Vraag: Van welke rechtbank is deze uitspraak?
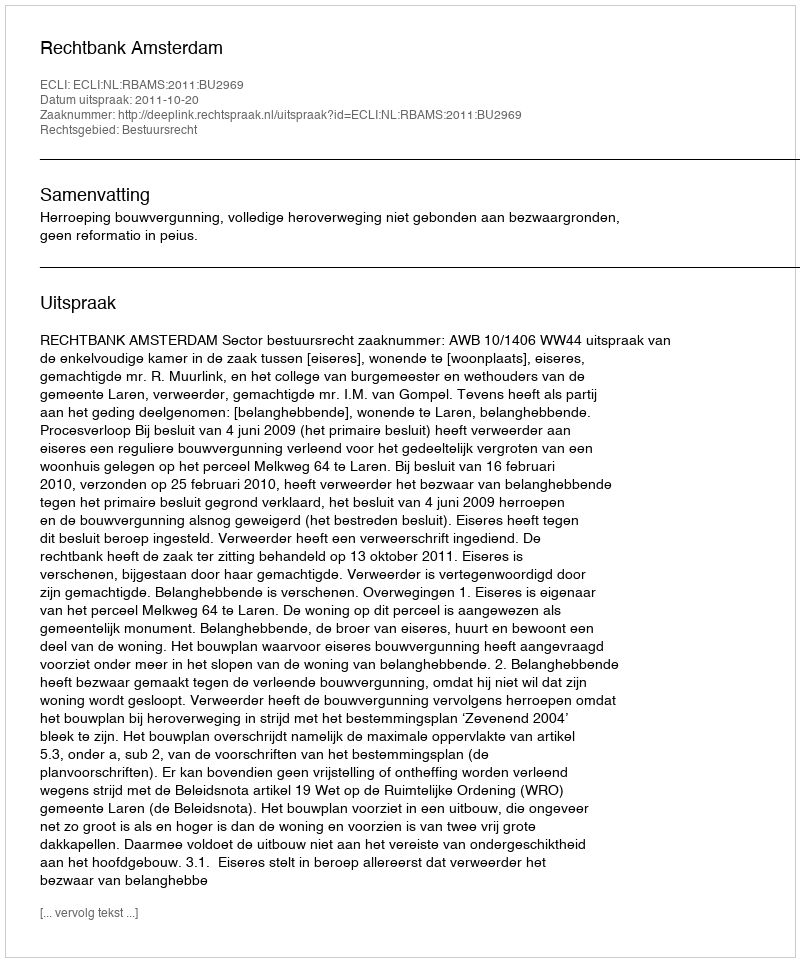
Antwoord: Rechtbank Amsterdam